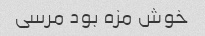
خوش مزه بود مرسی